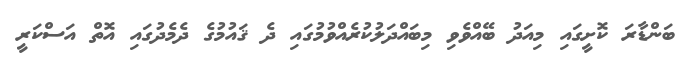
ބަންޑާރަ ކޮށީގައި މިއަދު ބޭއްވެވި މިބައްދަލުކުރެއްވުމުގައި ދެ ޤައުމުގެ ދެމެދުގައި އޮތް އަސްކަރީ